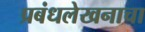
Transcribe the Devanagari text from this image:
प्रबंधलेखनाचा